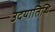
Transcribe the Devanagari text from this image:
उदयातिथि